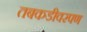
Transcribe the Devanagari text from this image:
तबकडीवरपण